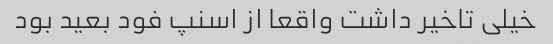
خیلی تاخیر داشت واقعا از اسنپ فود بعید بود